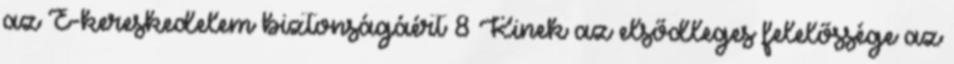
az E-kereskedelem biztonságáért 8 Kinek az elsődleges felelőssége az